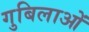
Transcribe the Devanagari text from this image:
गुबिलाओं